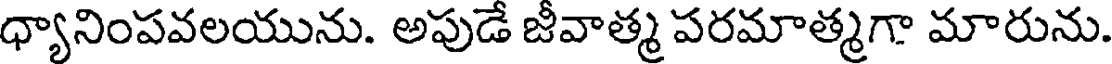
ధ్యానింపవలయును. అపుడే జీవాత్మ పరమాత్మగా మారును.